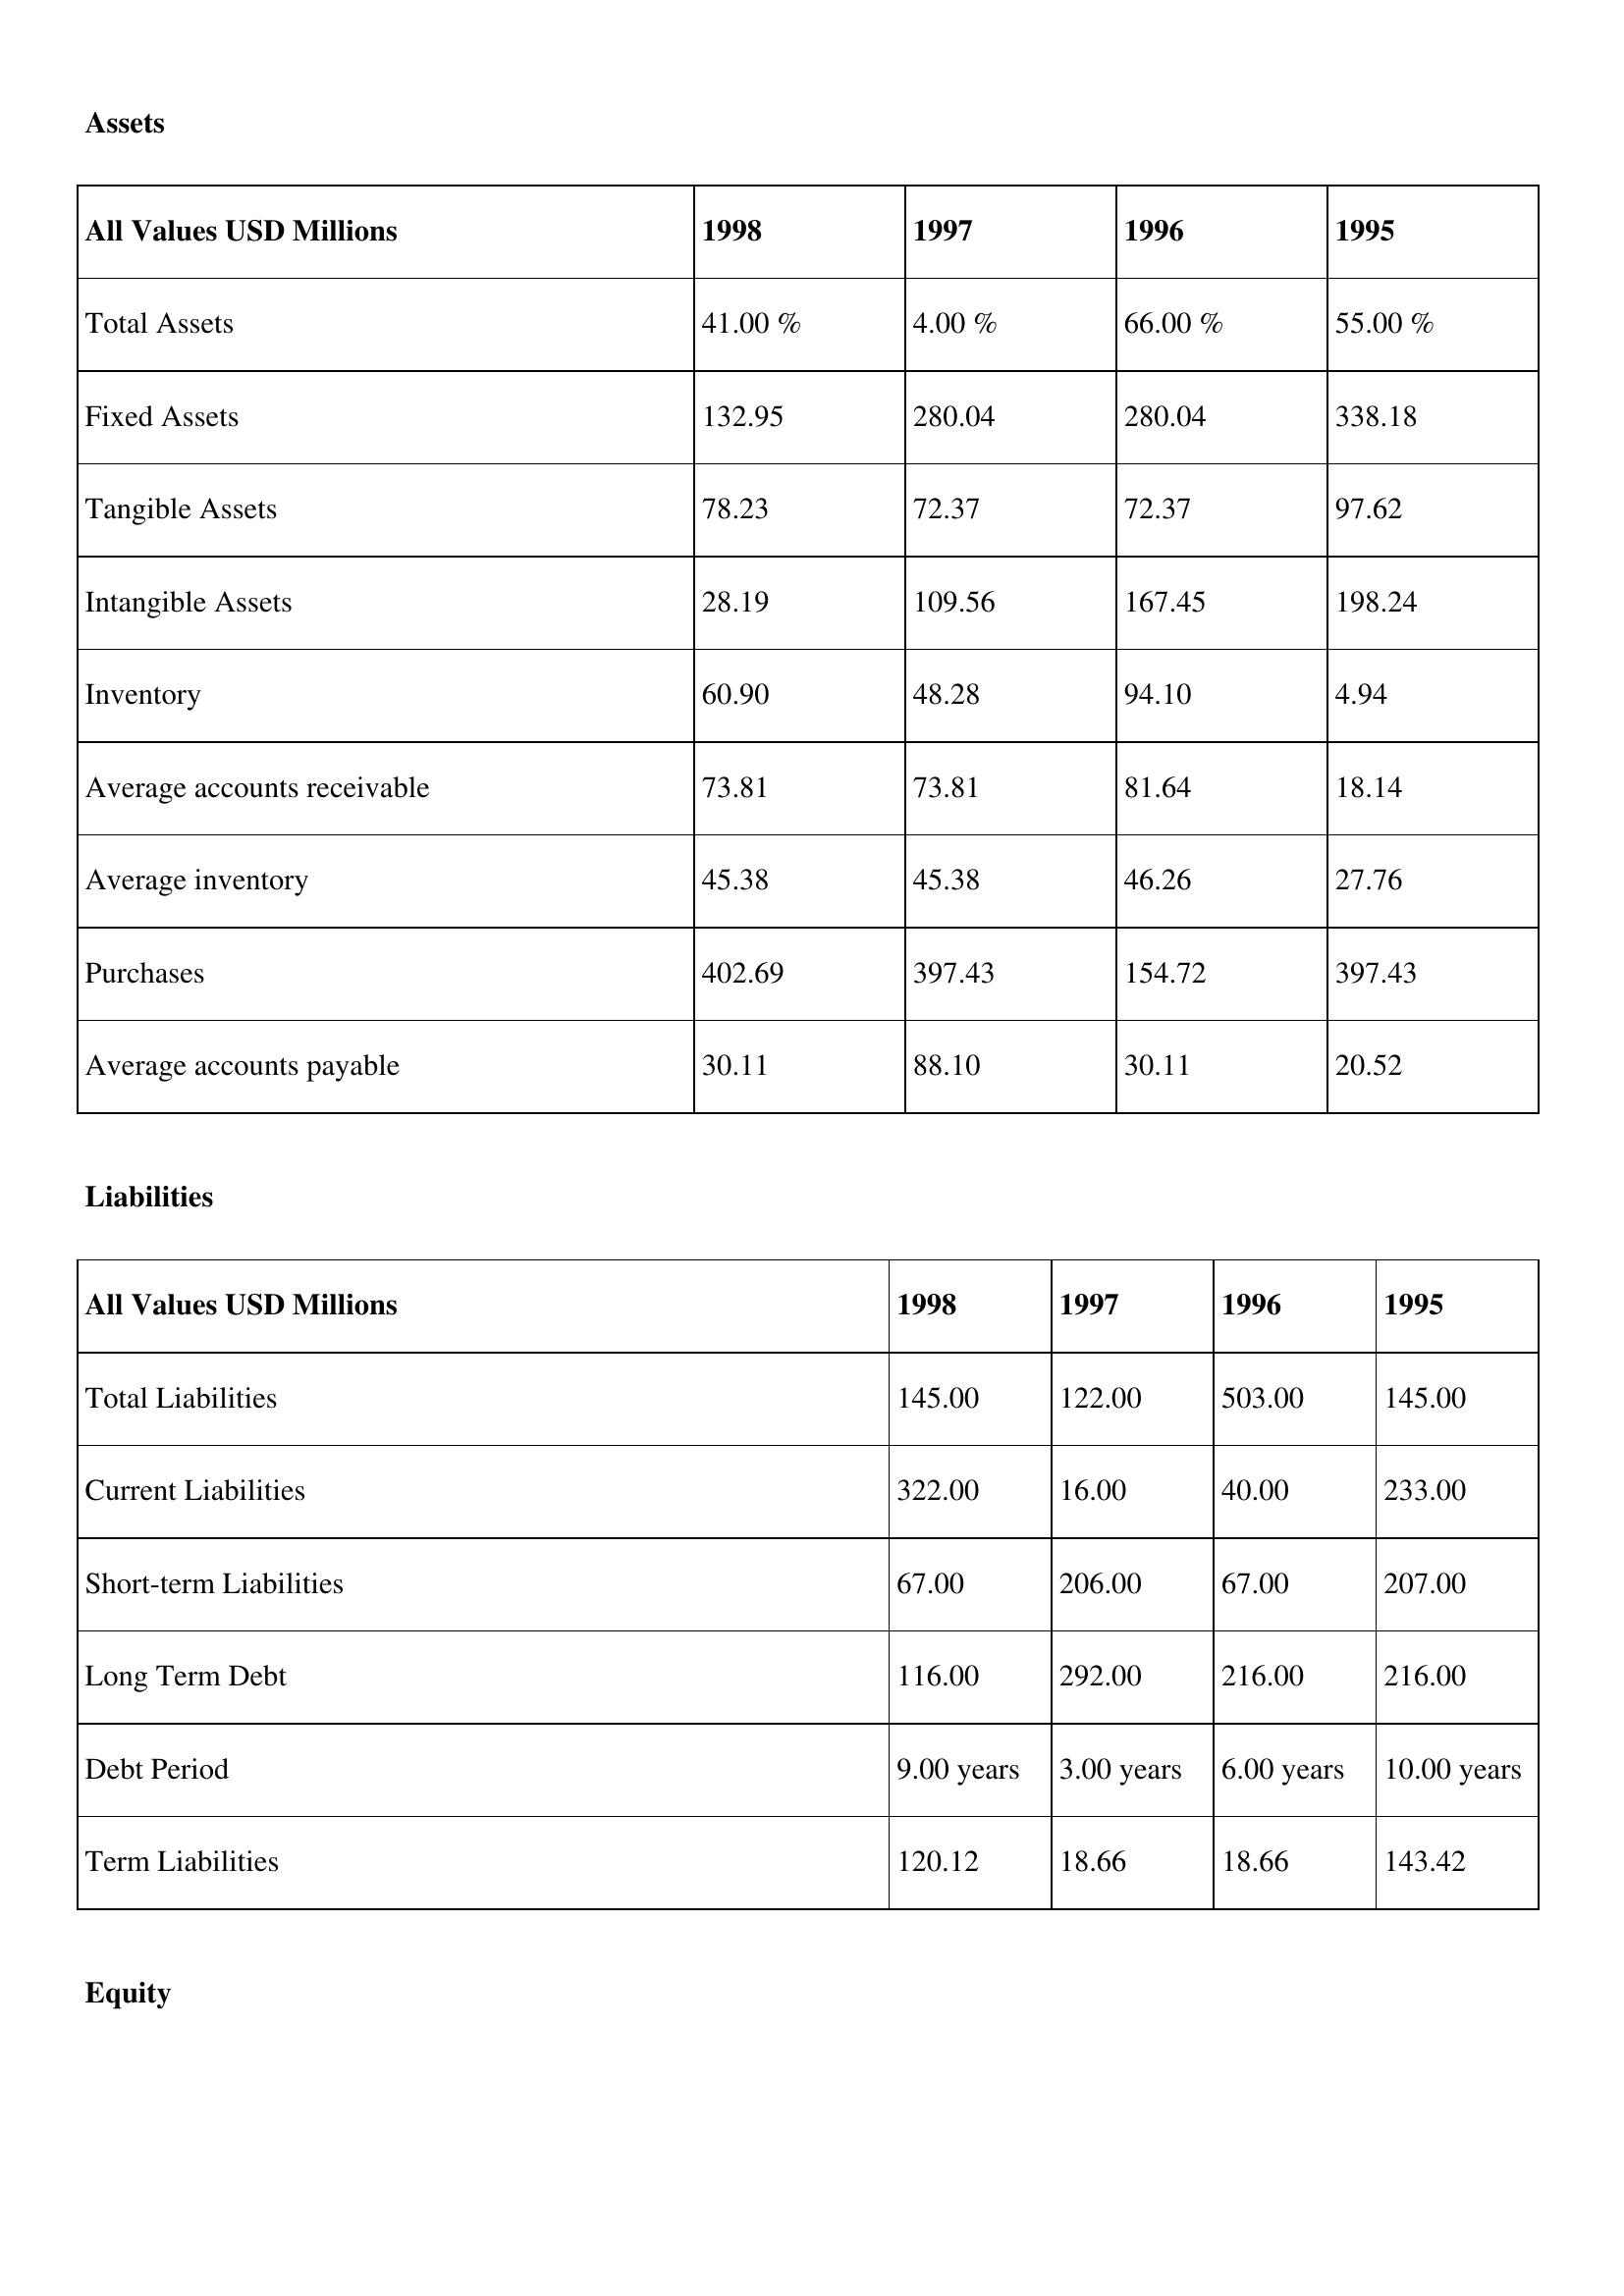
gt_parse: 1998: Assets: Total Assets: 41.00 %
Fixed Assets: 132.95
Tangible Assets: 78.23
Intangible Assets: 28.19
Inventory: 60.90
Average accounts receivable: 73.81
Average inventory: 45.38
Purchases: 402.69
Average accounts payable: 30.11
Liabilities: Total Liabilities: 145.00
Current Liabilities: 322.00
Short-term Liabilities: 67.00
Long Term Debt: 116.00
Debt Period: 9.00 years
Term Liabilities: 120.12
Equity: Common Stock: 177.11
Treasury Stock: 37.15
Other Comprehensive Income: 42.75
Total Equity: 26.00 %
Issued Capital: 247.00
Paid-up Capital: 93.31
Additional Paid-In Capital: 1.87
General Reserves: 150.83
Credit Balance: 48.63
Retained Earnings: 342.49
1997: Assets: Total Assets: 4.00 %
Fixed Assets: 280.04
Tangible Assets: 72.37
Intangible Assets: 109.56
Inventory: 48.28
Average accounts receivable: 73.81
Average inventory: 45.38
Purchases: 397.43
Average accounts payable: 88.10
Liabilities: Total Liabilities: 122.00
Current Liabilities: 16.00
Short-term Liabilities: 206.00
Long Term Debt: 292.00
Debt Period: 3.00 years
Term Liabilities: 18.66
Equity: Common Stock: 155.59
Treasury Stock: 27.49
Other Comprehensive Income: 71.22
Total Equity: 26.00 %
Issued Capital: 76.00
Paid-up Capital: 57.43
Additional Paid-In Capital: 87.15
General Reserves: 160.06
Credit Balance: 10.72
Retained Earnings: 342.49
1996: Assets: Total Assets: 66.00 %
Fixed Assets: 280.04
Tangible Assets: 72.37
Intangible Assets: 167.45
Inventory: 94.10
Average accounts receivable: 81.64
Average inventory: 46.26
Purchases: 154.72
Average accounts payable: 30.11
Liabilities: Total Liabilities: 503.00
Current Liabilities: 40.00
Short-term Liabilities: 67.00
Long Term Debt: 216.00
Debt Period: 6.00 years
Term Liabilities: 18.66
Equity: Common Stock: 86.22
Treasury Stock: 3.32
Other Comprehensive Income: 71.22
Total Equity: 32.00 %
Issued Capital: 247.00
Paid-up Capital: 5.27
Additional Paid-In Capital: 26.52
General Reserves: 95.02
Credit Balance: 27.16
Retained Earnings: 131.10
1995: Assets: Total Assets: 55.00 %
Fixed Assets: 338.18
Tangible Assets: 97.62
Intangible Assets: 198.24
Inventory: 4.94
Average accounts receivable: 18.14
Average inventory: 27.76
Purchases: 397.43
Average accounts payable: 20.52
Liabilities: Total Liabilities: 145.00
Current Liabilities: 233.00
Short-term Liabilities: 207.00
Long Term Debt: 216.00
Debt Period: 10.00 years
Term Liabilities: 143.42
Equity: Common Stock: 241.32
Treasury Stock: 27.49
Other Comprehensive Income: 20.57
Total Equity: 69.00 %
Issued Capital: 95.00
Paid-up Capital: 55.42
Additional Paid-In Capital: 0.80
General Reserves: 188.15
Credit Balance: 1.86
Retained Earnings: 119.06